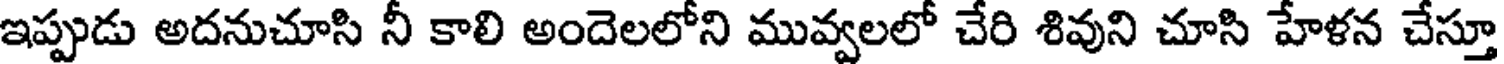
ఇప్పుడు అదనుచూసి నీ కాలి అందెలలోని మువ్వలలో చేరి శివుని చూసి హేళన చేస్తూ